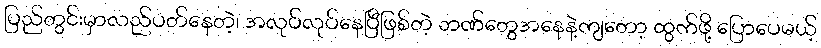
ပြည်တွင်းမှာလည်ပတ်နေတဲ့၊ အလုပ်လုပ်နေပြီဖြစ်တဲ့ ဘဏ်တွေအနေနဲ့ကျတော့ ထွက်ဖို့ ပြောပေမယ့်